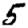
Digit: 5